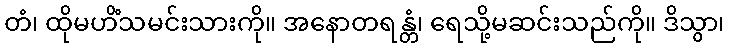
တံ၊ ထိုမဟိံသမင်းသားကို။ အနောတရန္တံ၊ ရေသို့မဆင်းသည်ကို။ ဒိသွာ၊